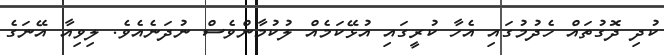
ކުދި ދޮގުތައް ހެދުމުގައި އެހާ ކުރީގައި އުޅޭކަމެއް ލުކުމާންވެސް ނުދަނެއެވެ. ލިވިއާ އޭނަގެ